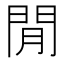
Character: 閒